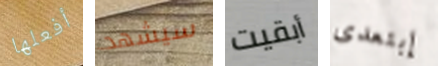
أفعلها سيشهد أبقيت إبتعدى